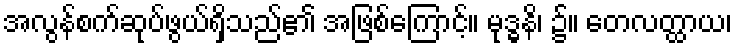
အလွန်စက်ဆုပ်ဖွယ်ရှိသည်၏ အဖြစ်ကြောင့်။ မုဒ္ဓနိ၊ ၌။ တေလတ္ထာယ၊